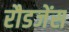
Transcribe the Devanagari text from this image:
रौडजेंस